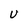
Character: U